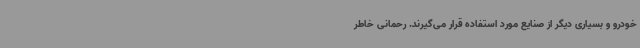
خودرو و بسیاری دیگر از صنایع مورد استفاده قرار می‌گیرند. رحمانی خاطر